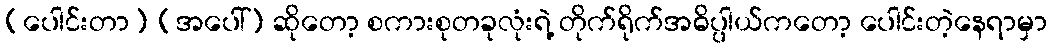
(ပေါင်းတာ) (အပေါ်) ဆိုတော့ စကားစုတခုလုံးရဲ့ တိုက်ရိုက်အဓိပ္ပါယ်ကတော့ ပေါင်းတဲ့နေရာမှာ